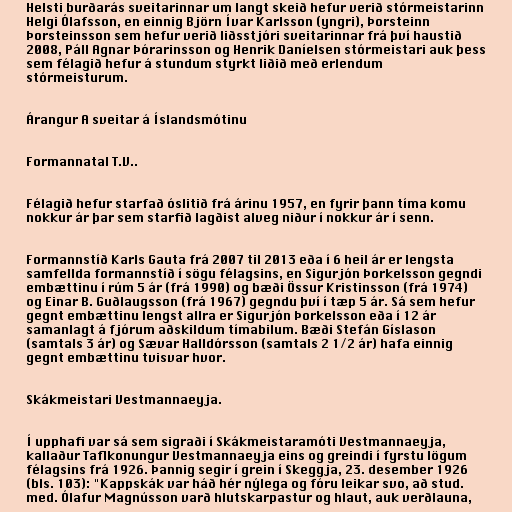
Helsti burðarás sveitarinnar um langt skeið hefur verið stórmeistarinn
Helgi Ólafsson, en einnig Björn Ívar Karlsson (yngri), Þorsteinn
Þorsteinsson sem hefur verið liðsstjóri sveitarinnar frá því haustið
2008, Páll Agnar Þórarinsson og Henrik Daníelsen stórmeistari auk þess
sem félagið hefur á stundum styrkt liðið með erlendum
stórmeisturum.

Árangur A sveitar á Íslandsmótinu

Formannatal T.V..

Félagið hefur starfað óslitið frá árinu 1957, en fyrir þann tíma komu
nokkur ár þar sem starfið lagðist alveg niður í nokkur ár í senn.

Formannstíð Karls Gauta frá 2007 til 2013 eða í 6 heil ár er lengsta
samfellda formannstíð í sögu félagsins, en Sigurjón Þorkelsson gegndi
embættinu í rúm 5 ár (frá 1990) og bæði Össur Kristinsson (frá 1974)
og Einar B. Guðlaugsson (frá 1967) gegndu því í tæp 5 ár. Sá sem hefur
gegnt embættinu lengst allra er Sigurjón Þorkelsson eða í 12 ár
samanlagt á fjórum aðskildum tímabilum. Bæði Stefán Gíslason
(samtals 3 ár) og Sævar Halldórsson (samtals 2 1/2 ár) hafa einnig
gegnt embættinu tvisvar hvor.

Skákmeistari Vestmannaeyja.

Í upphafi var sá sem sigraði í Skákmeistaramóti Vestmannaeyja,
kallaður Taflkonungur Vestmannaeyja eins og greindi í fyrstu lögum
félagsins frá 1926. Þannig segir í grein í Skeggja, 23. desember 1926
(bls. 103): "Kappskák var háð hér nýlega og fóru leikar svo, að stud.
med. Ólafur Magnússon varð hlutskarpastur og hlaut, auk verðlauna,